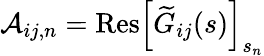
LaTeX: \mathcal{A}_{ij,n}=\mathrm{Res}\left[\widetilde{G}_{ij}(s)\right]_{s_{n}}